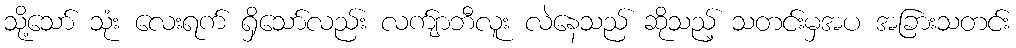
သို့သော် သုံး လေးရက် ရှိသော်လည်း လက်ျာဘီလူး လဲနေသည် ဆိုသည့် သတင်းမှအပ အခြားသတင်း